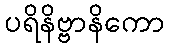
ပရိနိဗ္ဗာနိကော